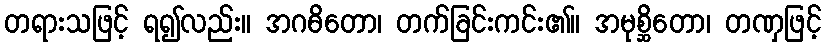
တရားသဖြင့် ရ၍လည်း။ အဂဓိတော၊ တက်ခြင်းကင်း၏။ အမုစ္ဆိတော၊ တဏှဖြင့်